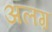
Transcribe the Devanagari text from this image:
अलग़